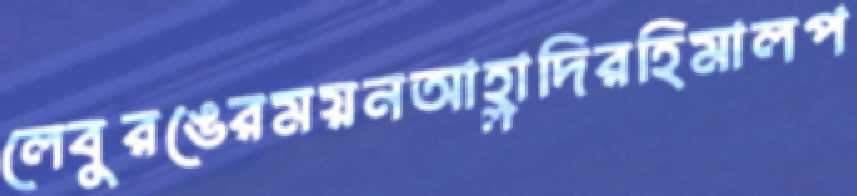
লেবুরঙেরময়নআহ্লাদিরহিমালপ